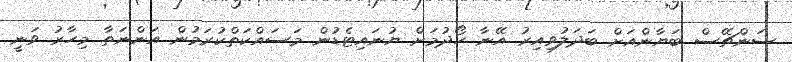
ސަންޗޭސް ބަޔާންއަށް ބަދަލުވިއިރު އޭނާ ހޯދުމަށް ޔުނައިޓެޑުން މަސައްކަތްކުރަމުން އަންނަތާ މިހާރު ވަނީ